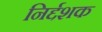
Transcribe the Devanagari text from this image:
निर्द्दशक